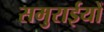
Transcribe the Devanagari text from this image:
समुराईयों